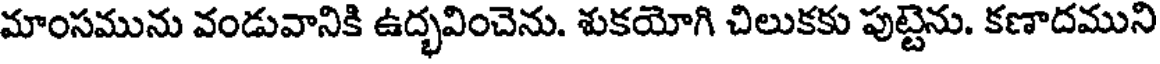
మాంసమును వండువానికి ఉద్భవించెను. శుకయోగి చిలుకకు పుట్టెను. కణాదముని